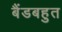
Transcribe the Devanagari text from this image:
बैंडबहुत